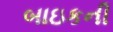
બાઇકની